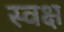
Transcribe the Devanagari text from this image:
स्वक्ष